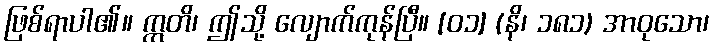
ဖြစ်ရာပါ၏။ ဣတိ၊ ဤသို့ လျောက်ကုန်ပြီ။ [၀၁] (နိ၊ ၁၈၁) အာဝုသော၊